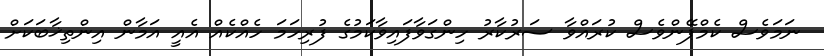
ނަމަވެސް ކެމްޕޭންވެސް ކުރައްވާ ސަރުކާރު ހިންގަވާފައިވާކަމުގެ ފުރިހަމަ ހެއްކެއް އެއީ އަމާން އިންތިޚާބަކަށް